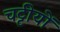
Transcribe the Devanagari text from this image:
चट्टीयों